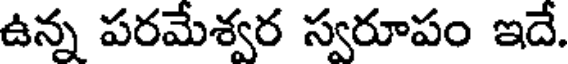
ఉన్న పరమేశ్వర స్వరూపం ఇదే.